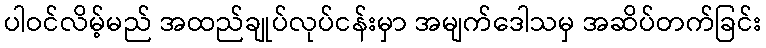
ပါဝင်လိမ့်မည် အထည်ချုပ်လုပ်ငန်းမှာ အမျက်ဒေါသမှ အဆိပ်တက်ခြင်း